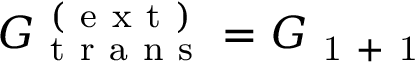
G _ { \mathrm { ~ t ~ r ~ a ~ n ~ s ~ } } ^ { \mathrm { ~ ( ~ e ~ x ~ t ~ ) ~ } } = G _ { \mathrm { ~ 1 ~ + ~ 1 ~ } }